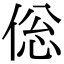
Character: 倊